Reports on military cantonments and civil stations in the Presidency of Bombay inspected by the Sanitary Commissioner in the years 1875 and 1876
Year: 1875
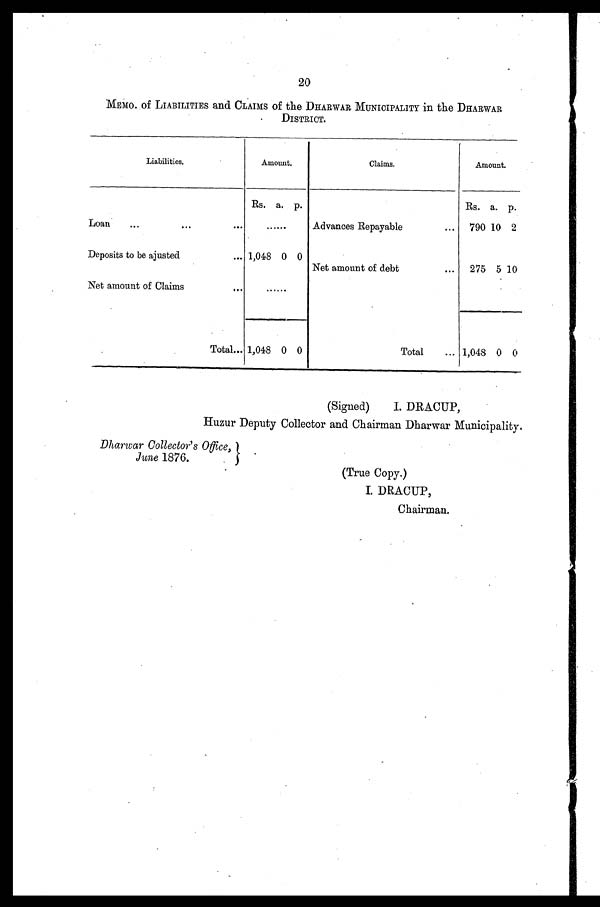
20
MEMO. Of LIABILITIES and CLAIMS of the DHARWAR MUNICIPALITY in the DHARWAR
DISTRICT.
Liabilities.
Amount.
Claims.
Amount.
Rs. a. p.
Rs. a. p.
Loan
......
Advances Repayable
790 10 2
Deposits to be ajusted
1,048 0 0
Net amount of debt
275 5 10
Net amount of Claims
......
Total... 1,048 0 0
Total
... 1,048 0 0
(Signed)
I. DRACUP,
Huzur Deputy Collector and Chairman Dharwar Municipality.
Dharwar Collector's Office,
June 1876.
(True Copy.)
I. DRACUP,
Chairman.